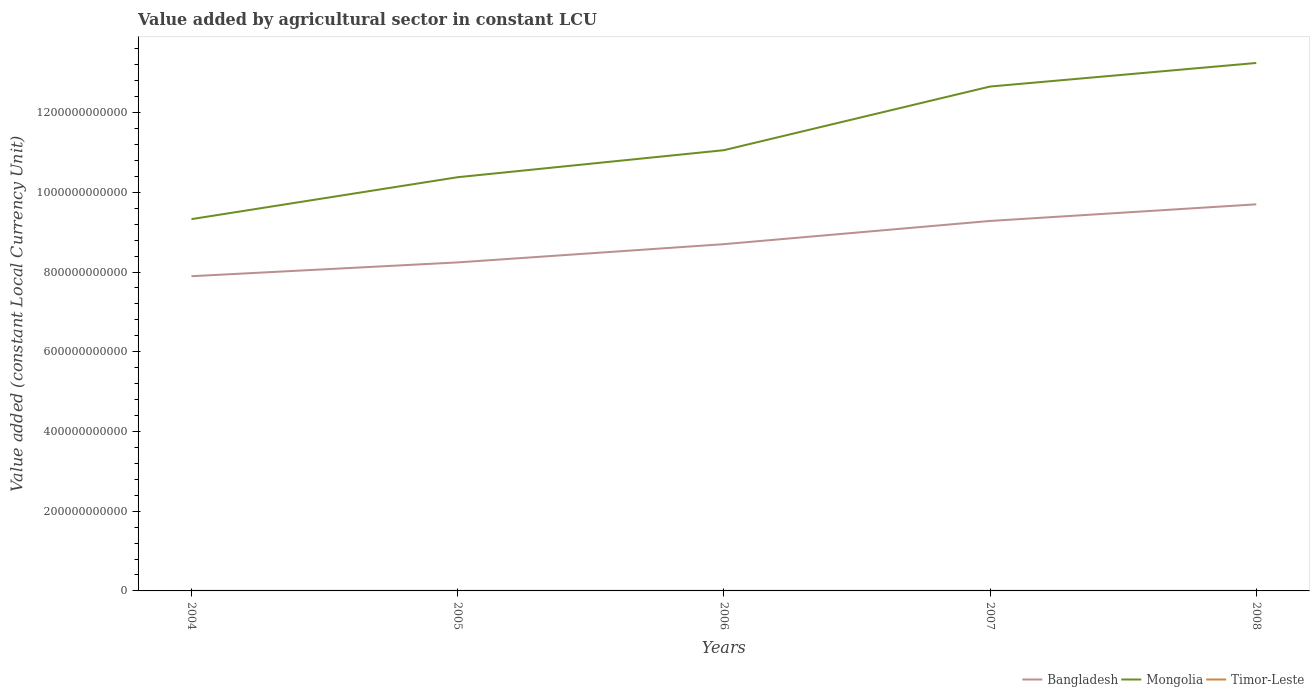
| Years | Bangladesh | Mongolia | Timor-Leste |
 | --- | --- | --- | --- |
 | 2004 | 7.89e+11 | 9.33e+11 | 1.71e+08 |
 | 2005 | 8.24e+11 | 1.04e+12 | 1.78e+08 |
 | 2006 | 8.7e+11 | 1.11e+12 | 1.87e+08 |
 | 2007 | 9.28e+11 | 1.27e+12 | 1.81e+08 |
 | 2008 | 9.7e+11 | 1.32e+12 | 1.81e+08 |